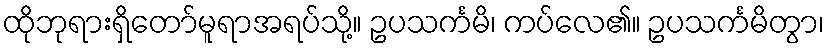
ထိုဘုရားရှိတော်မူရာအရပ်သို့။ ဥပသင်္ကမိ၊ ကပ်လေ၏။ ဥပသင်္ကမိတွာ၊